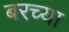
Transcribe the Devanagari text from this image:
बरच्या